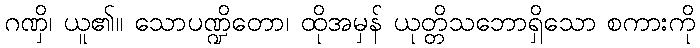
ဂဏှိ၊ ယူ၏။ သောပဏ္ဍိတော၊ ထိုအမှန် ယုတ္တိသဘောရှိသော စကားကို